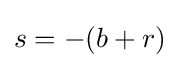
s=-(b+r)